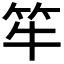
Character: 𱷴